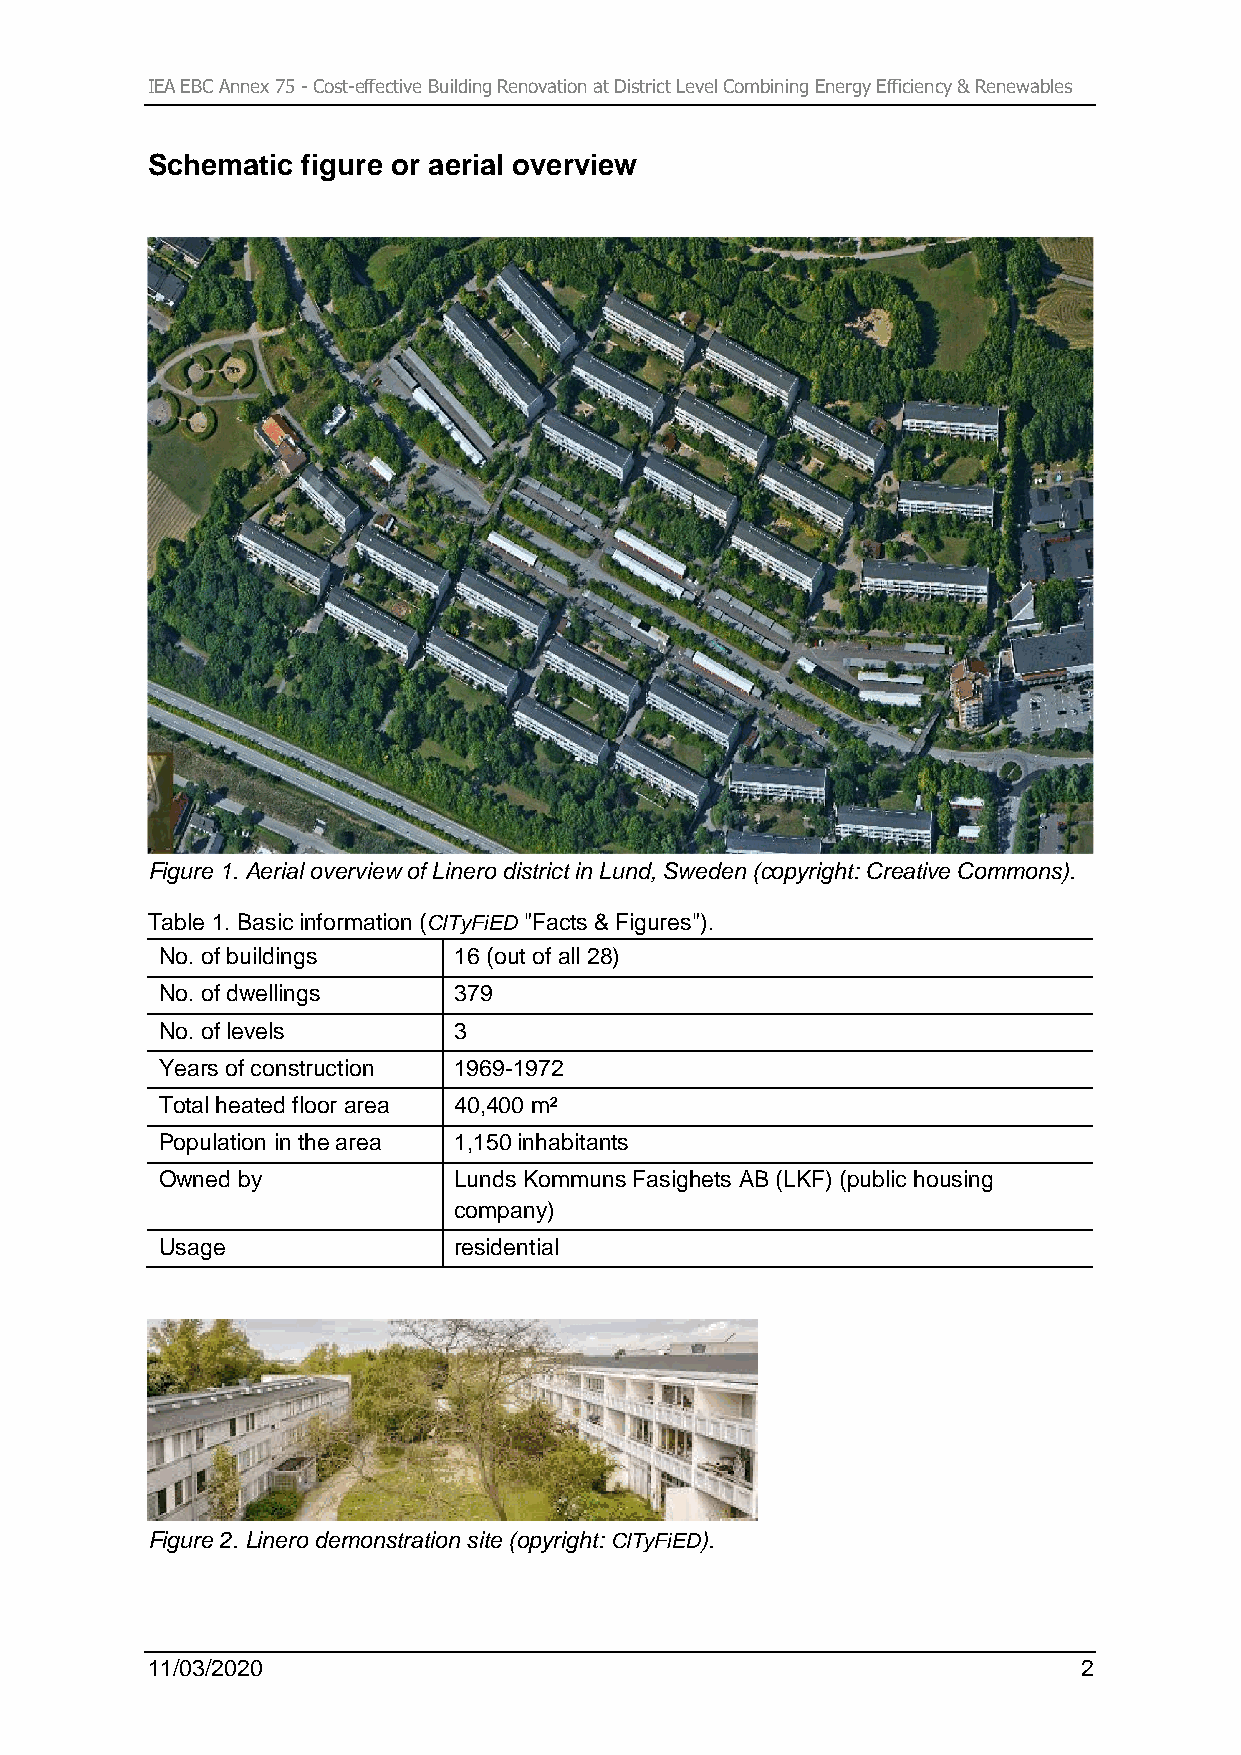
IEA EBC Annex 75 - Cost-effective Building Renovation at District Level Combining Energy Efficiency & Renewables
 Schematic figure or aerial overview
 Figure 1. Aerial overview of Linero district in Lund, Sweden (copyright: Creative Commons).
 Table 1. Basic information (CITyFiED "Facts & Figures").
 No. of buildings   16 (out of all 28)
 No. of dwellings   379
 No. of levels      3
 Years of construction 1969-1972
 Total heated floor area 40,400 m²
 Population in the area 1,150 inhabitants
 Owned by           Lunds Kommuns Fasighets AB (LKF) (public housing
 company)
 Usage              residential
 Figure 2. Linero demonstration site (opyright: CITyFiED).
 11/03/2020                                                    2